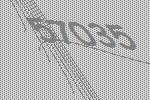
57035